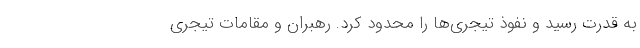
به قدرت رسید و نفوذ تیجری‌ها را محدود کرد. رهبران و مقامات تیجری